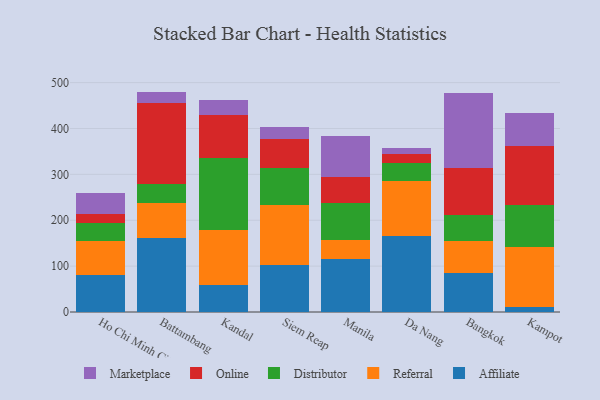
{"axis": {"x": "City", "y": "Market Share (%)"}, "legend": ["Affiliate", "Distributor", "Marketplace", "Online", "Referral"], "data": [{"x": "Ho Chi Minh City", "y": 80.6, "type": "Affiliate"}, {"x": "Ho Chi Minh City", "y": 74.6, "type": "Referral"}, {"x": "Ho Chi Minh City", "y": 38.5, "type": "Distributor"}, {"x": "Ho Chi Minh City", "y": 20.2, "type": "Online"}, {"x": "Ho Chi Minh City", "y": 45.5, "type": "Marketplace"}, {"x": "Battambang", "y": 162.1, "type": "Affiliate"}, {"x": "Battambang", "y": 76.3, "type": "Referral"}, {"x": "Battambang", "y": 41.4, "type": "Distributor"}, {"x": "Battambang", "y": 176.4, "type": "Online"}, {"x": "Battambang", "y": 24.2, "type": "Marketplace"}, {"x": "Kandal", "y": 59.0, "type": "Affiliate"}, {"x": "Kandal", "y": 119.5, "type": "Referral"}, {"x": "Kandal", "y": 157.4, "type": "Distributor"}, {"x": "Kandal", "y": 93.1, "type": "Online"}, {"x": "Kandal", "y": 32.9, "type": "Marketplace"}, {"x": "Siem Reap", "y": 101.5, "type": "Affiliate"}, {"x": "Siem Reap", "y": 131.8, "type": "Referral"}, {"x": "Siem Reap", "y": 81.1, "type": "Distributor"}, {"x": "Siem Reap", "y": 63.5, "type": "Online"}, {"x": "Siem Reap", "y": 24.8, "type": "Marketplace"}, {"x": "Manila", "y": 116.4, "type": "Affiliate"}, {"x": "Manila", "y": 41.3, "type": "Referral"}, {"x": "Manila", "y": 79.4, "type": "Distributor"}, {"x": "Manila", "y": 56.2, "type": "Online"}, {"x": "Manila", "y": 90.3, "type": "Marketplace"}, {"x": "Da Nang", "y": 164.7, "type": "Affiliate"}, {"x": "Da Nang", "y": 120.4, "type": "Referral"}, {"x": "Da Nang", "y": 39.0, "type": "Distributor"}, {"x": "Da Nang", "y": 19.3, "type": "Online"}, {"x": "Da Nang", "y": 15.1, "type": "Marketplace"}, {"x": "Bangkok", "y": 85.4, "type": "Affiliate"}, {"x": "Bangkok", "y": 68.4, "type": "Referral"}, {"x": "Bangkok", "y": 58.5, "type": "Distributor"}, {"x": "Bangkok", "y": 102.2, "type": "Online"}, {"x": "Bangkok", "y": 163.7, "type": "Marketplace"}, {"x": "Kampot", "y": 11.2, "type": "Affiliate"}, {"x": "Kampot", "y": 131.3, "type": "Referral"}, {"x": "Kampot", "y": 90.1, "type": "Distributor"}, {"x": "Kampot", "y": 129.4, "type": "Online"}, {"x": "Kampot", "y": 72.7, "type": "Marketplace"}]}